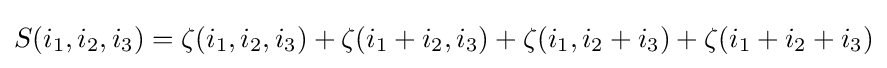
S(i_{1},i_{2},i_{3})=\zeta (i_{1},i_{2},i_{3})+\zeta (i_{1}+i_{2},i_{3})+\zeta (i_{1},i_{2}+i_{3})+\zeta (i_{1}+i_{2}+i_{3})